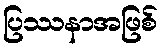
ပြဿနာအဖြစ်